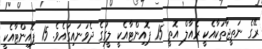
ރޭގެ ނަތީޖާތަކާއެކީ ރެއާލް އޮތީ 15 ޕޮއިންޓާއެކީ ލީގުގެ ދެވަނައިގައެވެ. 15 ޕޮއިންޓާއެކީ